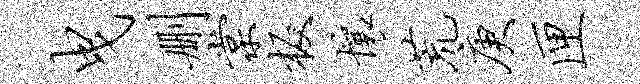
曳删棠板壤荒庚匣